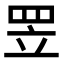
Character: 𦊢